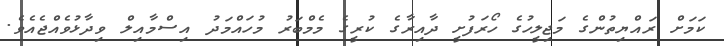
ކަމަށް ރައްޔިތުންގެ މަޖިލީހުގެ ހޯރަފުށީ ދާއިރާގެ ކުރީގެ މެމްބަރު މުހައްމަދު އިސްމާއިލް ވިދާޅުވެއްޖެއެވެ.